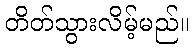
တိတ်သွားလိမ့်မည်။